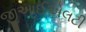
જીઆઈએલટી